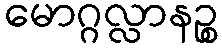
မောဂ္ဂလ္လာနဉ္စ